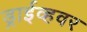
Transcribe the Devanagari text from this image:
ड्राईव्हवर